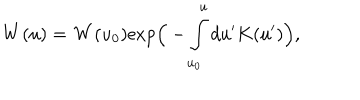
{ \bf W } ( u ) = { \bf W } ( u _ { 0 } ) \mathrm { e x p } \Big ( - \int _ { u _ { 0 } } ^ { u } d u ^ { \prime } K ( u ^ { \prime } ) \Big ) ,